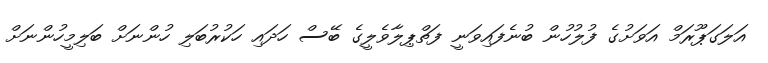
އަލަގަޕޫރަމް އަވަށުގެ ފުލުހުން ބުނެފައިވަނީ ފަތްޕިލާވެލީގެ ބޭސް ހަދައި ހަކުރުބަލި ހުންނަށް ބަލިމީހުންނަށް